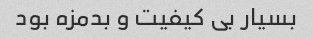
بسیار بی کیفیت و بدمزه بود